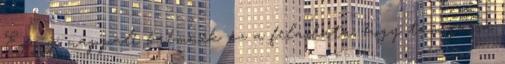
Egy jó nappali krémnek az a feladata, hogy támogassa